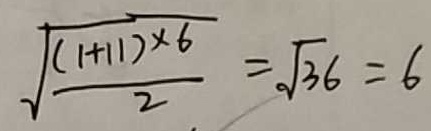
\sqrt { \frac { ( 1 + 1 1 ) \times 6 } { 2 } } = \sqrt { 3 6 } = 6